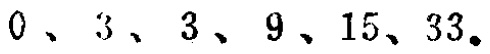
$0、3、3、9、15、33。$